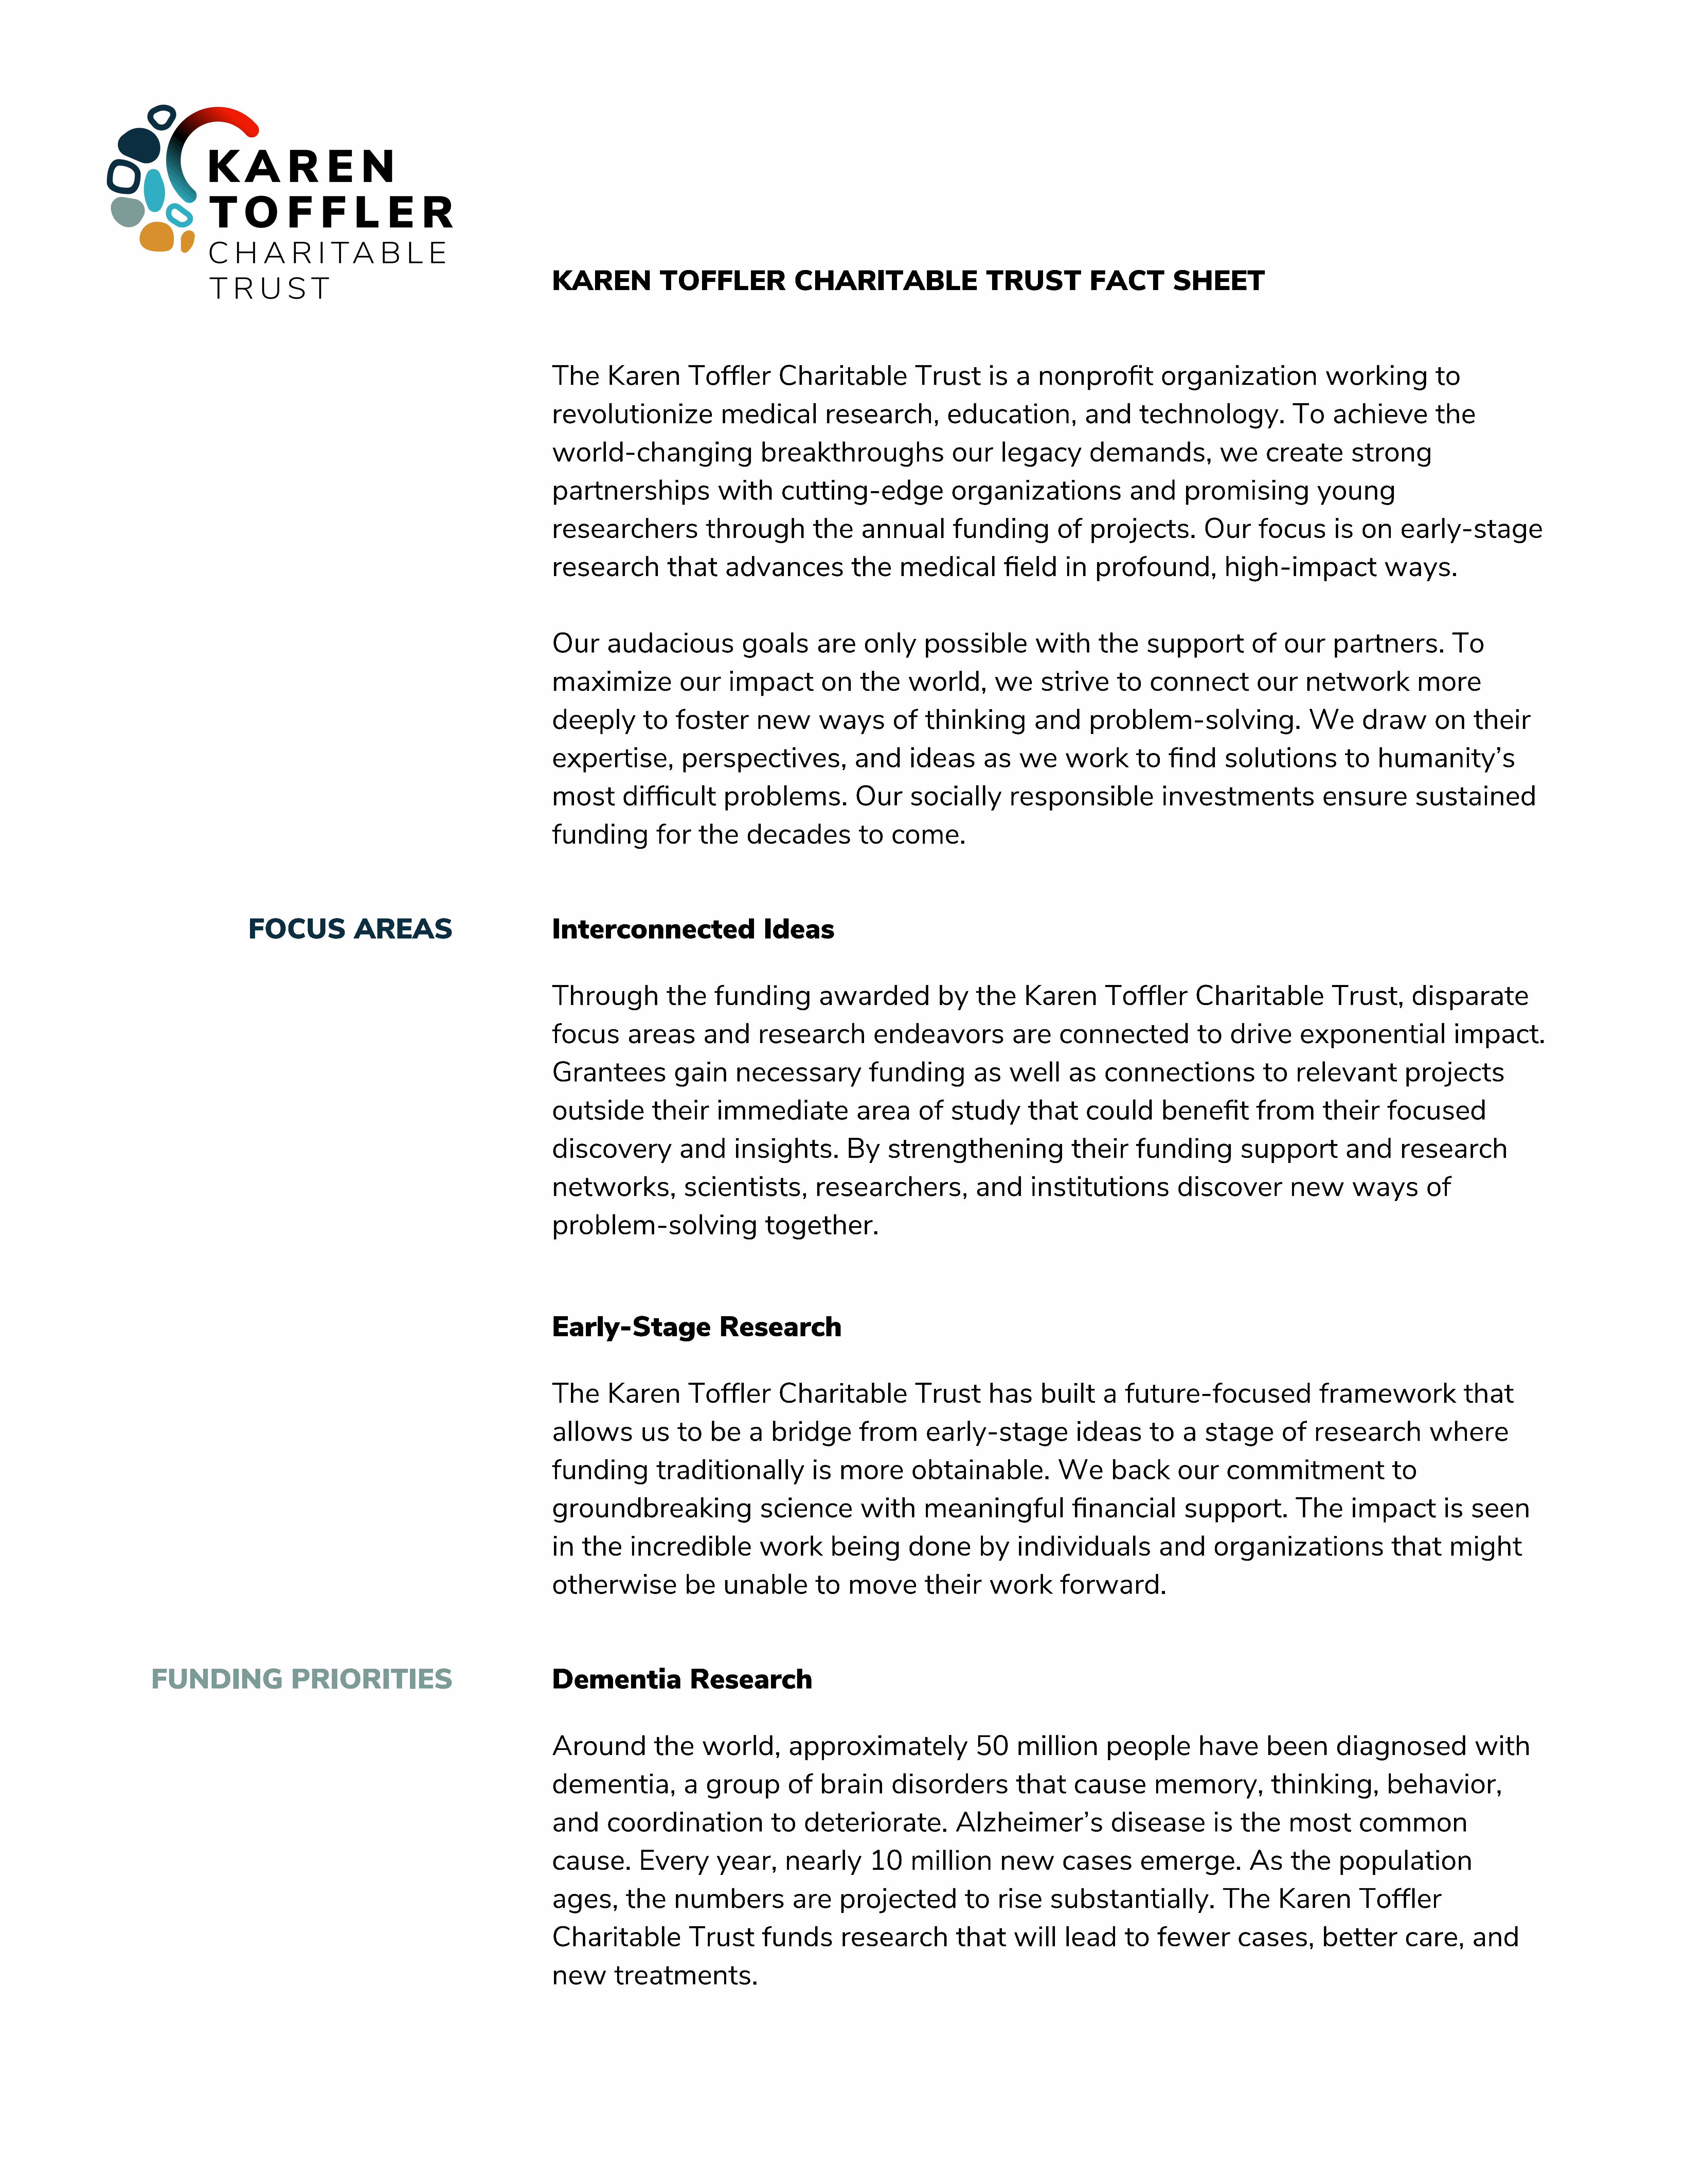
KAREN                TOFFLER                   CHARITABLE                           TRUST               FACT             SHEET
 The       Karen           Toffler           Charitable                Trust          is   a   nonprofit               organization                    working               to
 revolutionize                   medical              research,               education,                and        technology.                   To      achieve             the
 world-changing                          breakthroughs                         our      legacy           demands,                  we       create          strong
 partnerships                    with        cutting-edge                     organizations                      and        promising                 young
 researchers                   through             the       annual            funding             of    projects.              Our       focus          is   on      early-stage
 research              that       advances                 the      medical              field       in   profound,                 high-impact                    ways.
 Our       audacious                  goals         are      only        possible              with        the      support              of    our       partners.              To
 maximize                our       impact            on      the      world,           we       strive         to    connect              our      network               more
 deeply           to     foster         new          ways          of    thinking              and       problem-solving.                           We        draw           on     their
 expertise,               perspectives,                     and       ideas          as     we       work         to     find       solutions              to     humanity’s
 most         difficult           problems.                 Our       socially            responsible                  investments                     ensure            sustained
 funding             for     the      decades               to     come.
 FOCUS                AREAS                                  Interconnected                           Ideas
 Through               the      funding              awarded                by     the       Karen          Toffler           Charitable                 Trust,         disparate
 focus         areas          and        research              endeavors                  are      connected                  to     drive        exponential                   impact.
 Grantees               gain        necessary                 funding              as     well       as     connections                    to     relevant             projects
 outside            their        immediate                  area        of    study          that        could         benefit            from         their       focused
 discovery               and        insights.             By      strengthening                       their       funding              support             and        research
 networks,                scientists,               researchers,                   and        institutions                discover              new          ways          of
 problem-solving                          together.
 Early-Stage                     Research
 The       Karen           Toffler           Charitable                Trust          has       built       a   future-focused                        framework                   that
 allows           us     to    be      a   bridge           from         early-stage                   ideas         to    a    stage          of    research               where
 funding             traditionally                 is    more          obtainable.                 We         back        our       commitment                      to
 groundbreaking                          science             with        meaningful                   financial             support.              The       impact            is    seen
 in   the       incredible               work          being          done          by     individuals                 and        organizations                     that       might
 otherwise                be      unable            to    move           their        work          forward.
 FUNDING                     PRIORITIES                                         Dementia                  Research
 Around             the       world,           approximately                       50      million           people            have         been         diagnosed                  with
 dementia,                a    group           of    brain         disorders               that       cause           memory,                thinking,             behavior,
 and       coordination                    to     deteriorate.                 Alzheimer’s                   disease             is    the      most          common
 cause.          Every           year,        nearly          10      million           new         cases          emerge.              As       the      population
 ages,         the      numbers                are       projected               to    rise       substantially.                   The        Karen           Toffler
 Charitable                Trust          funds          research              that        will     lead        to     fewer          cases,           better          care,        and
 new         treatments.